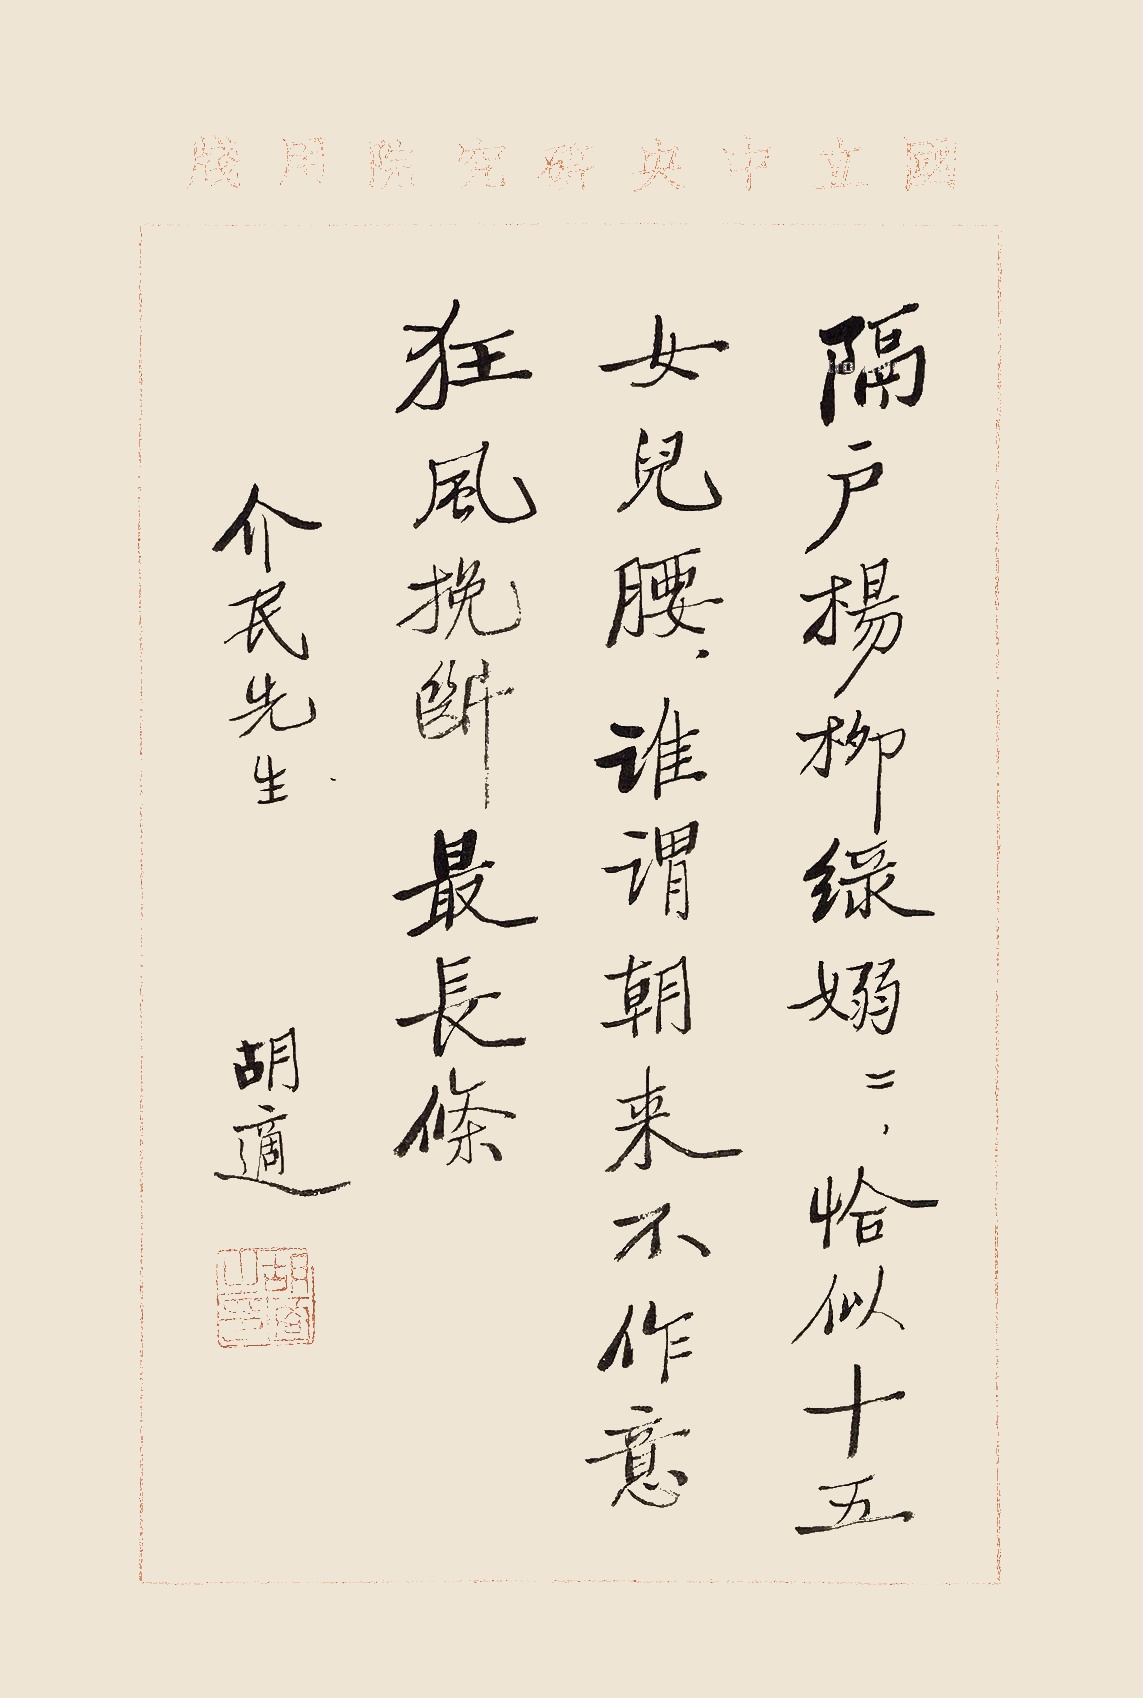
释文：隔户杨柳绿袅袅，恰似十五女儿腰。谁谓朝来不作意，狂风挽断最长条。介民先生。胡适。